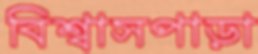
বিশ্বাসপাড়া